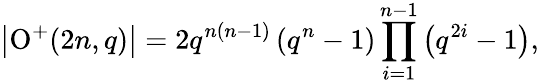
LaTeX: \left|\operatorname{O}^{+}(2n,q)\right|=2q^{n(n-1)}\left(q^{n}-1\right)\prod_{i=1}^{n-1}\left(q^{2i}-1\right),